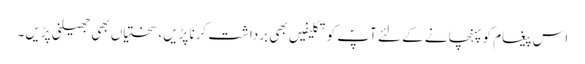
اس پیغام کو پہنچانے کے لئے آپؐ کو تکلیفیں بھی برداشت کرنا پڑیں، سختیاں بھی جھیلنی پڑیں۔